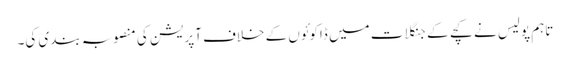
تاہم پولیس نے کچے کے جنگلات میں ڈاکوئوں کے خلاف آپریشن کی منصوبہ بندی کی۔